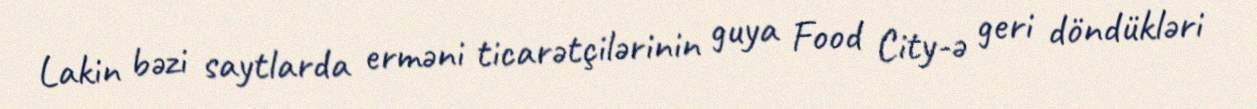
Lakin bəzi saytlarda erməni ticarətçilərinin guya Food City-ə geri döndükləri